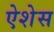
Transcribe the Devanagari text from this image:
ऐशेस